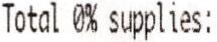
TOTAL 0% SUPPLIES: